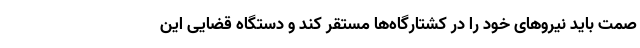
صمت باید نیرو‌های خود را در کشتارگاه‌ها مستقر کند و دستگاه قضایی این